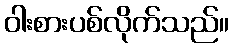
ဝါးစားပစ်လိုက်သည်။